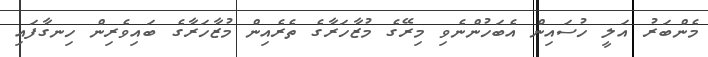
މެންބަރު އަލީ ހުސައިން އެބަހުންނެވި މިރޭގެ މުޒާހަރާގެ ތެރެއިން މުޒާހަރާގެ ބައިވެރިން ހިނގާފައި